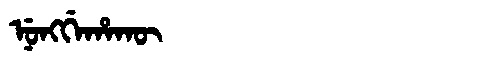
Manchu: ᠨᡠᠩᡤᡝᡥᠠᡴᡡ
Romanization: NUNGGEHAKŪ